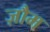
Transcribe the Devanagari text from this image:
ज़ौम